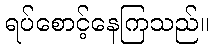
ရပ်စောင့်နေကြသည်။